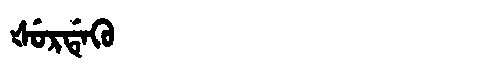
Manchu: ᡧᡠᡵᡩᡝᡴᡠ
Romanization: ŠURDEKU